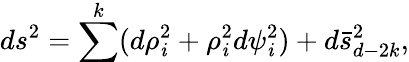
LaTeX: ds^{2}=\sum^{k}(d\rho_{\mathit{i}}^{2}+\rho_{\mathit{i}}^{2}d\psi_{\mathit{i}}^{2})+d\bar{{s}}_{d-2k}^{2},